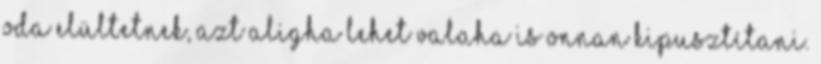
oda elültetnek, azt aligha lehet valaha is onnan kipusztítani.